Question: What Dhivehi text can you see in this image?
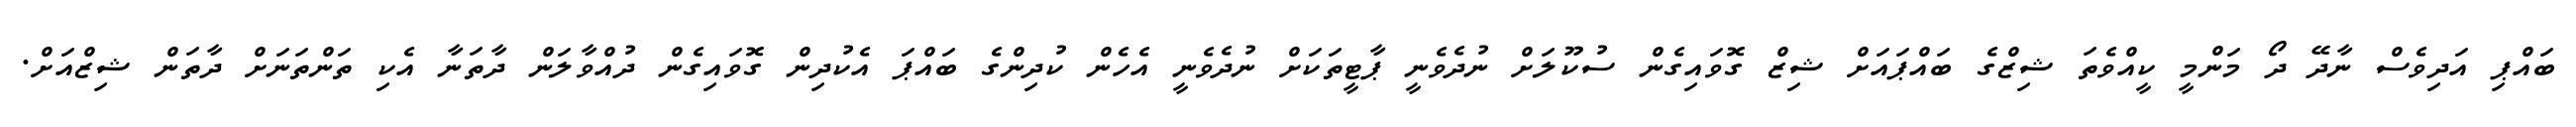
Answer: ބައްޕި އަދިވެސް ނާދޭ ދޯ މަންމީ ކީއްވެތަ ޝިޒްގެ ބައްޕައަށް ޝިޒް ގޮވައިގެން ސުކޫލަށް ނުދެވެނީ ޕާޓީތަކަށް ނުދެވެނީ އެހެން ކުދިންގެ ބައްޕަ އެކުދިން ގޮވައިގެން ދުއްވާލަން ދާތަނާ އެކި ތަންތަނަށް ދާތަން ޝިޒްއަށް.